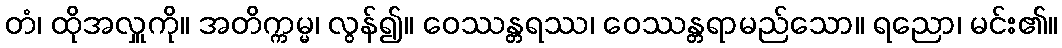
တံ၊ ထိုအလှူကို။ အတိက္ကမ္မ၊ လွန်၍။ ဝေဿန္တရဿ၊ ဝေဿန္တရာမည်သော။ ရညော၊ မင်း၏။